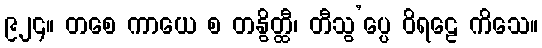
၉၂၄။ တစေ ကာယေ စ တနွိတ္ထီ၊ တီသွ’ပ္ပေ ဝိရဠေ ကိသေ။